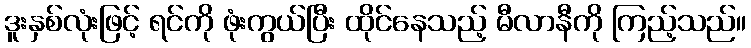
ဒူးနှစ်လုံးဖြင့် ရင်ကို ဖုံးကွယ်ပြီး ထိုင်နေသည့် မီလာနီကို ကြည့်သည်။